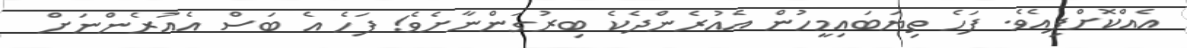
އެއްކޮށްފިއެވެ. ފަހެ ތިޔަބައިމީހުން އެއުރެންދެކެ ބިރުގަންނާށެވެ! ފަހެ އެ ބަސް އެއުރެންނަށް